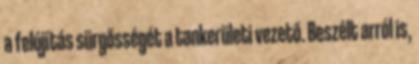
a felújítás sürgősségét a tankerületi vezető. Beszélt arról is,